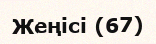
Жеңісі (67)